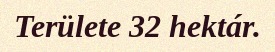
Területe 32 hektár.